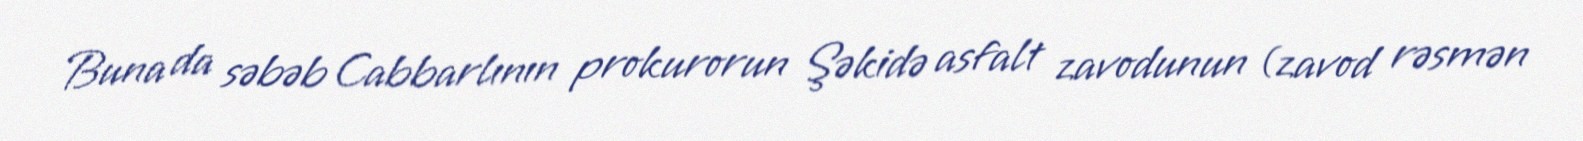
Buna da səbəb Cabbarlının prokurorun Şəkidə asfalt zavodunun (zavod rəsmən